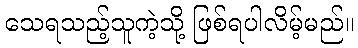
သေရသည့်သူကဲ့သို့ ဖြစ်ရပါလိမ့်မည်။